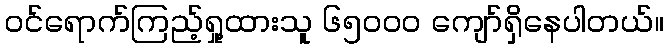
ဝင်ရောက်ကြည့်ရှု့ထားသူ ၆၅၀၀၀ ကျော်ရှိနေပါတယ်။